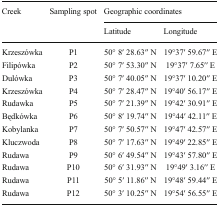
<table><thead><tr><td rowspan="2"><b>Creek</b></td><td rowspan="2"><b>Sampling spot</b></td><td colspan="2"><b>Geographic coordinates</b></td></tr><tr><td><b>Latitude</b></td><td><b>Longitude</b></td></tr></thead><tbody><tr><td>Krzeszówka</td><td>P1</td><td>50° 8′ 28.63′′ N</td><td>19°37′ 59.67′′ E</td></tr><tr><td>Filipówka</td><td>P2</td><td>50° 7′ 53.30′′ N</td><td>19°37′ 7.65′′ E</td></tr><tr><td>Dulówka</td><td>P3</td><td>50° 7′ 40.05′′ N</td><td>19°37′ 10.20′′ E</td></tr><tr><td>Krzeszówka</td><td>P4</td><td>50° 7′ 28.47′′ N</td><td>19°40′ 56.17′′ E</td></tr><tr><td>Rudawka</td><td>P5</td><td>50° 7′ 21.39′′ N</td><td>19°42′ 30.91′′ E</td></tr><tr><td>Będkówka</td><td>P6</td><td>50° 8′ 19.74′′ N</td><td>19°44′ 42.11′′ E</td></tr><tr><td>Kobylanka</td><td>P7</td><td>50° 7′ 50.57′′ N</td><td>19°47′ 42.57′′ E</td></tr><tr><td>Kluczwoda</td><td>P8</td><td>50° 7′ 17.63′′ N</td><td>19°49′ 22.85′′ E</td></tr><tr><td>Rudawa</td><td>P9</td><td>50° 6′ 49.54′′ N</td><td>19°43′ 57.80′′ E</td></tr><tr><td>Rudawa</td><td>P10</td><td>50° 6′ 31.93′′ N</td><td>19°49′ 3.16′′ E</td></tr><tr><td>Rudawa</td><td>P11</td><td>50° 5′ 11.86′′ N</td><td>19°48′ 59.44′′ E</td></tr><tr><td>Rudawa</td><td>P12</td><td>50° 3′ 10.25′′ N</td><td>19°54′ 56.55′′ E</td></tr></tbody></table>